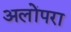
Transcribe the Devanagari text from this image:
अलोंपरा